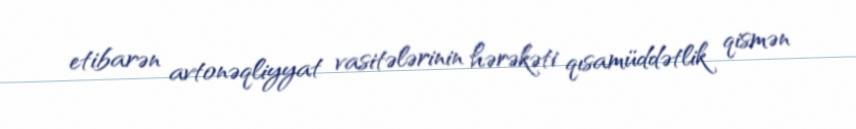
etibarən avtonəqliyyat vasitələrinin hərəkəti qısamüddətlik qismən